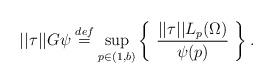
LaTeX: \begin{align*} ||\tau||G\psi \stackrel{def}{=} \sup_{p \in (1,b)} \left\{ \ \frac{||\tau||L_p(\Omega)}{\psi(p)} \ \right\}.\end{align*}